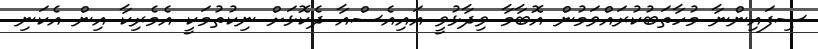
ސިފައިންނާ މުހާތަބުކުރައްވަމުން އޮބާމާ ވިދާޅުވީ އައިއެސްއާ ދެކޮޅަށް ނިކުތުމަކީ އެެމެރިކާ އިން އެކަނި